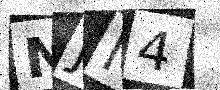
Text: NJM4